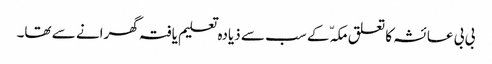
بی بی عائشہ کا تعلق مکہّ کے سب سے ذیادہ تعلیم یافتہ گھرانے سے تھا۔